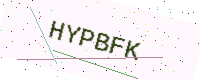
Text: HYPBFK